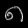
Digit: ၈